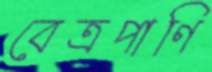
বেত্রপাণি